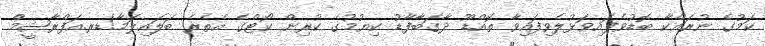
ކަމުގެ ނުރައްކާ ބޮޑުވެފައިވަޅުލެވިފައިވާ ތޮއްޑޫ ދާގަބާފާޑު ކިޔުމުގެ ކުރިން ކޯޓްގެ އެތެރެ ބަލައިލަމާ!ޑރ.އަފްރާޝީމް